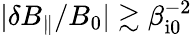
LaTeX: |\delta B_{\parallel}/B_{0}|\gtrsim\beta_{\mathrm{i0}}^{-2}